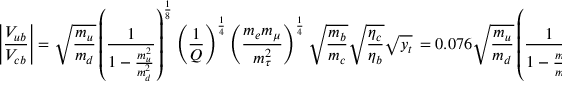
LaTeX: \left| { \frac { V _ { u b } } { V _ { c b } } } \right| = \sqrt { { \frac { m _ { u } } { m _ { d } } } } \left( { \frac { 1 } { 1 - { \frac { m _ { u } ^ { 2 } } { m _ { d } ^ { 2 } } } } } \right) ^ { { \frac { 1 } { 8 } } } \left( { \frac { 1 } { Q } } \right) ^ { { \frac { 1 } { 4 } } } \left( { \frac { m _ { e } m _ { \mu } } { m _ { \tau } ^ { 2 } } } \right) ^ { { \frac { 1 } { 4 } } } \sqrt { { \frac { m _ { b } } { m _ { c } } } } \sqrt { { \frac { \eta _ { c } } { \eta _ { b } } } } \sqrt { y _ { t } } \, = 0 . 0 7 6 \sqrt { { \frac { m _ { u } } { m _ { d } } } } \left( { \frac { 1 } { 1 - { \frac { m _ { u } ^ { 2 } } { m _ { d } ^ { 2 } } } } } \right) ^ { { \frac { 1 } { 8 } } }